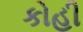
કોહી